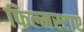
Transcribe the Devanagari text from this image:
फिल्मस्टार